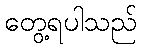
တွေ့ရပါသည်